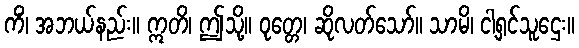
ကိံ၊ အဘယ်နည်း။ ဣတိ၊ ဤသို့။ ဝုတ္တေ၊ ဆိုလတ်သော်။ သာမိ၊ ငါ့ရှင်သူဌေး။